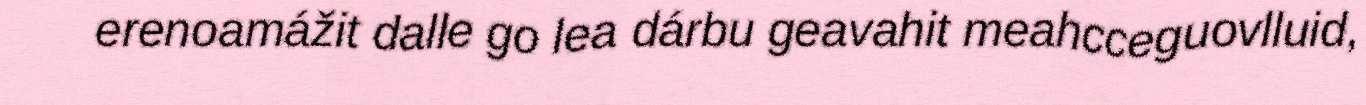
erenoamážit dalle go lea dárbu geavahit meahcceguovlluid,